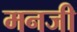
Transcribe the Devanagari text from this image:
मनजी